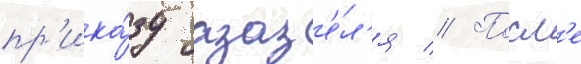
пр'ика́зу азаз'е́л'я // Посл'е